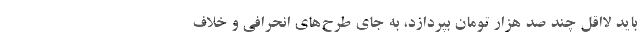
باید لااقل چند صد هزار تومان بپردازد، به جای طرح‌های انحرافی و خلاف